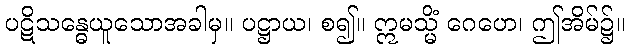
ပဋိသန္ဓေယူသောအခါမှ။ ပဋ္ဌာယ၊ စ၍။ ဣမသ္မိံ ဂေဟေ၊ ဤအိမ်၌။